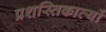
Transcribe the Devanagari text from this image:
प्रशस्तिकाव्यों